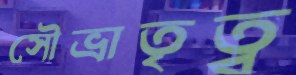
সৌভ্রাতৃত্ব